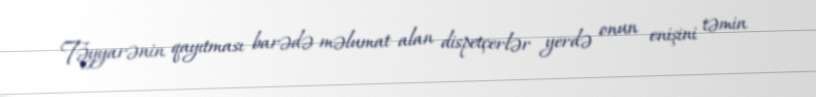
Təyyarənin qayıtması barədə məlumat alan dispetçerlər yerdə onun enişini təmin